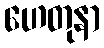
ဟေတုနာ